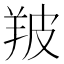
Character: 𦍷